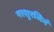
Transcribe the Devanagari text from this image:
परशुरजिनं